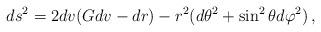
LaTeX: \begin{align*}ds^2 = 2dv(G dv -dr) -r^2(d\theta^2 +\sin^2\theta d\varphi^2) \, ,\end{align*}